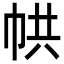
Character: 𢂔